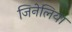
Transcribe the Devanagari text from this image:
जिनेलिया